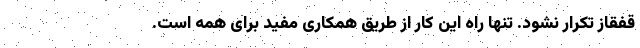
قفقاز تکرار نشود. تنها راه این کار از طریق همکاری مفید برای همه است.